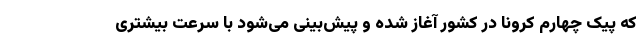
که پیک چهارم کرونا در کشور آغاز شده و پیش‌بینی می‌شود با سرعت بیشتری